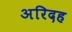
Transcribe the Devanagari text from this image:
अरिदह